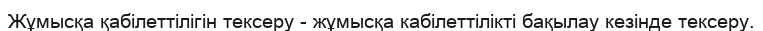
Жұмысқа қабілеттілігін тексеру - жұмысқа кабілеттілікті бақылау кезінде тексеру.